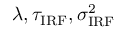
\lambda , \tau _ { \mathrm { I R F } } , \sigma _ { \mathrm { I R F } } ^ { 2 }